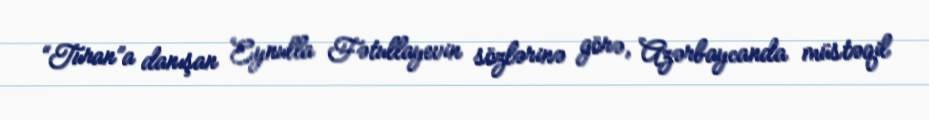
“Turan”a danışan Eynulla Fətullayevin sözlərinə görə, Azərbaycanda müstəqil